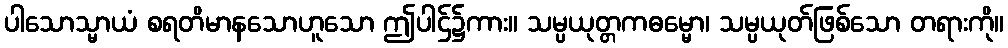
ပါသောသ္မာယံ စရတိမာနသောဟူသော ဤပါဌ်၌ကား။ သမ္ပယုတ္တကဓမ္မော၊ သမ္ပယုတ်ဖြစ်သော တရားကို။